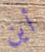
أين